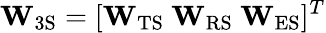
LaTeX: \mathbf{W}_{\mathrm{3S}}=[\mathbf{W}_{\mathrm{TS}}\ \mathbf{W}_{\mathrm{RS}}\ \mathbf{W}_{\mathrm{ES}}]^{T}